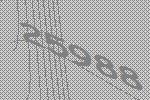
25988